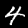
Label: 4